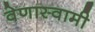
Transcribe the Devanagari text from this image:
वेणास्वामी